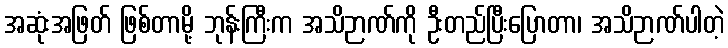
အဆုံးအဖြတ် ဖြစ်တာမို့ ဘုန်းကြီးက အသိဉာဏ်ကို ဦးတည်ပြီးပြောတာ၊ အသိဉာဏ်ပါတဲ့